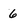
Character: 6